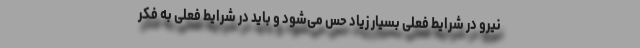
نیرو در شرایط فعلی بسیار زیاد حس می‌شود و باید در شرایط فعلی به فکر